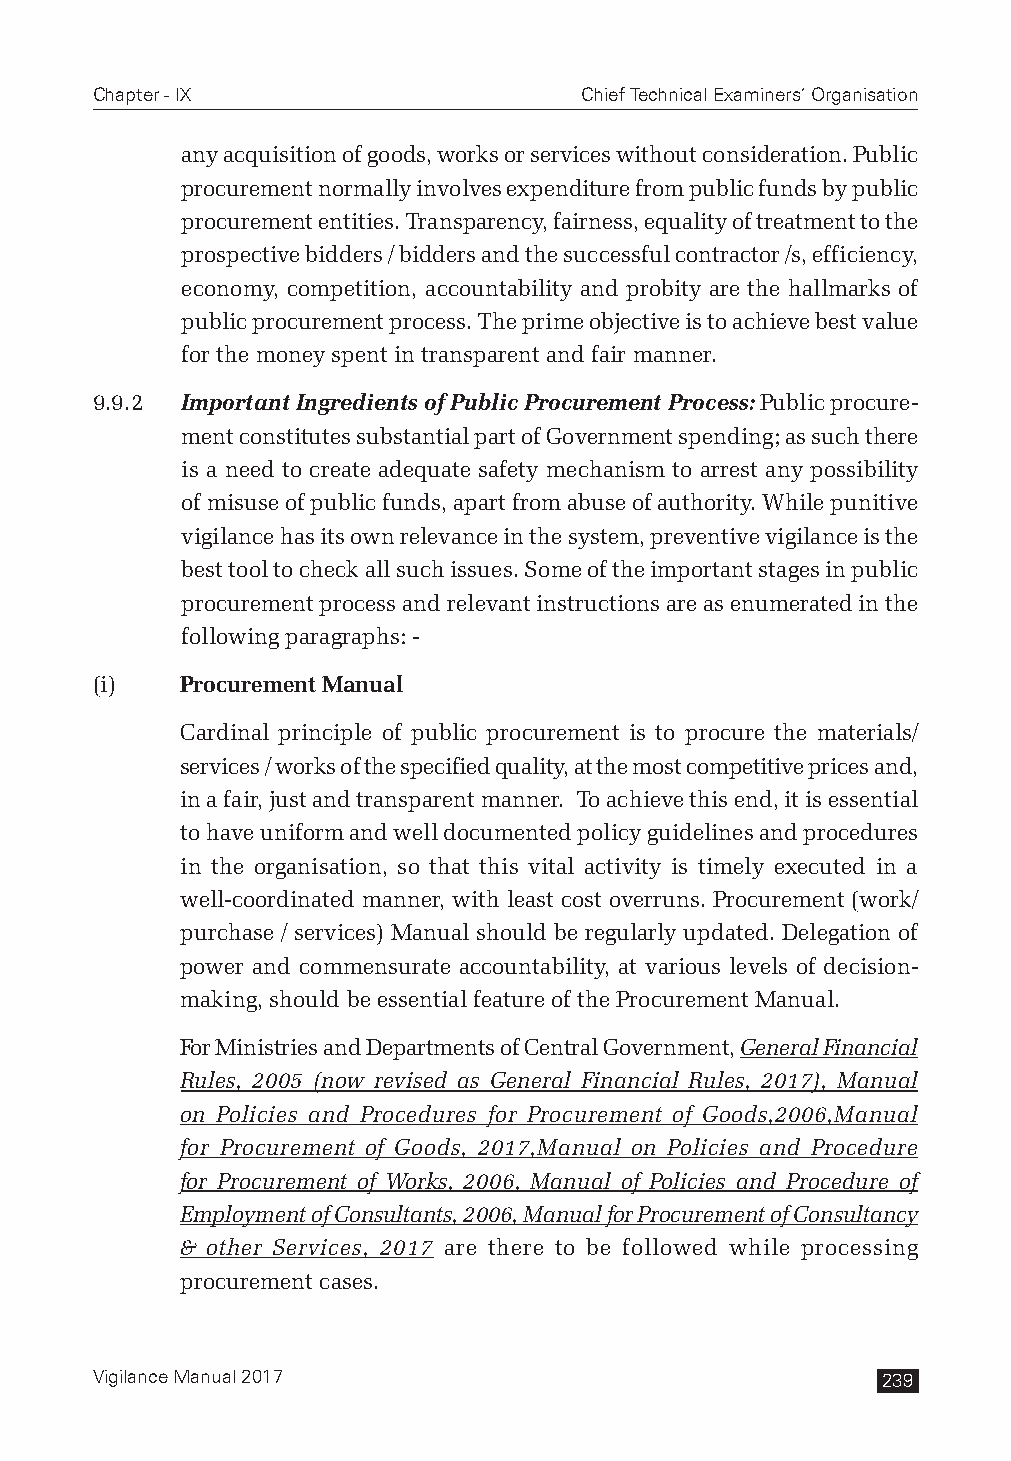
Chapter - IX                    Chief Technical Examiners’ Organisation
 any acquisition of goods, works or services without consideration. Public
 procurement normally involves expenditure from public funds by public
 procurement entities. Transparency, fairness, equality of treatment to the
 prospective bidders / bidders and the successful contractor /s, efficiency,
 economy, competition, accountability and probity are the hallmarks of
 public procurement process. The prime objective is to achieve best value
 for the money spent in transparent and fair manner.
 9.9.2 Important Ingredients of Public Procurement Process: Public procure-
 ment constitutes substantial part of Government spending; as such there
 is a need to create adequate safety mechanism to arrest any possibility
 of misuse of public funds, apart from abuse of authority. While punitive
 vigilance has its own relevance in the system, preventive vigilance is the
 best tool to check all such issues. Some of the important stages in public
 procurement process and relevant instructions are as enumerated in the
 following paragraphs: -
 (i)   Procurement Manual
 Cardinal principle of public procurement is to procure the materials/
 services / works of the specified quality, at the most competitive prices and,
 in a fair, just and transparent manner. To achieve this end, it is essential
 to have uniform and well documented policy guidelines and procedures
 in the organisation, so that this vital activity is timely executed in a
 well-coordinated manner, with least cost overruns. Procurement (work/
 purchase / services) Manual should be regularly updated. Delegation of
 power and commensurate accountability, at various levels of decision-
 making, should be essential feature of the Procurement Manual.
 For Ministries and Departments of Central Government, General Financial
 Rules, 2005 (now revised as General Financial Rules, 2017), Manual
 on Policies and Procedures for Procurement of Goods,2006,Manual
 for Procurement of Goods, 2017,Manual on Policies and Procedure
 for Procurement of Works, 2006, Manual of Policies and Procedure of
 Employment of Consultants, 2006, Manual for Procurement of Consultancy
 & other Services, 2017 are there to be followed while processing
 procurement cases.
 Vigilance Manual 2017                               239